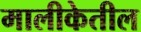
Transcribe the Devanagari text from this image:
मालीकेतील